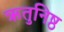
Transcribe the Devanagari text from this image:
ऋतुनिष्ठ